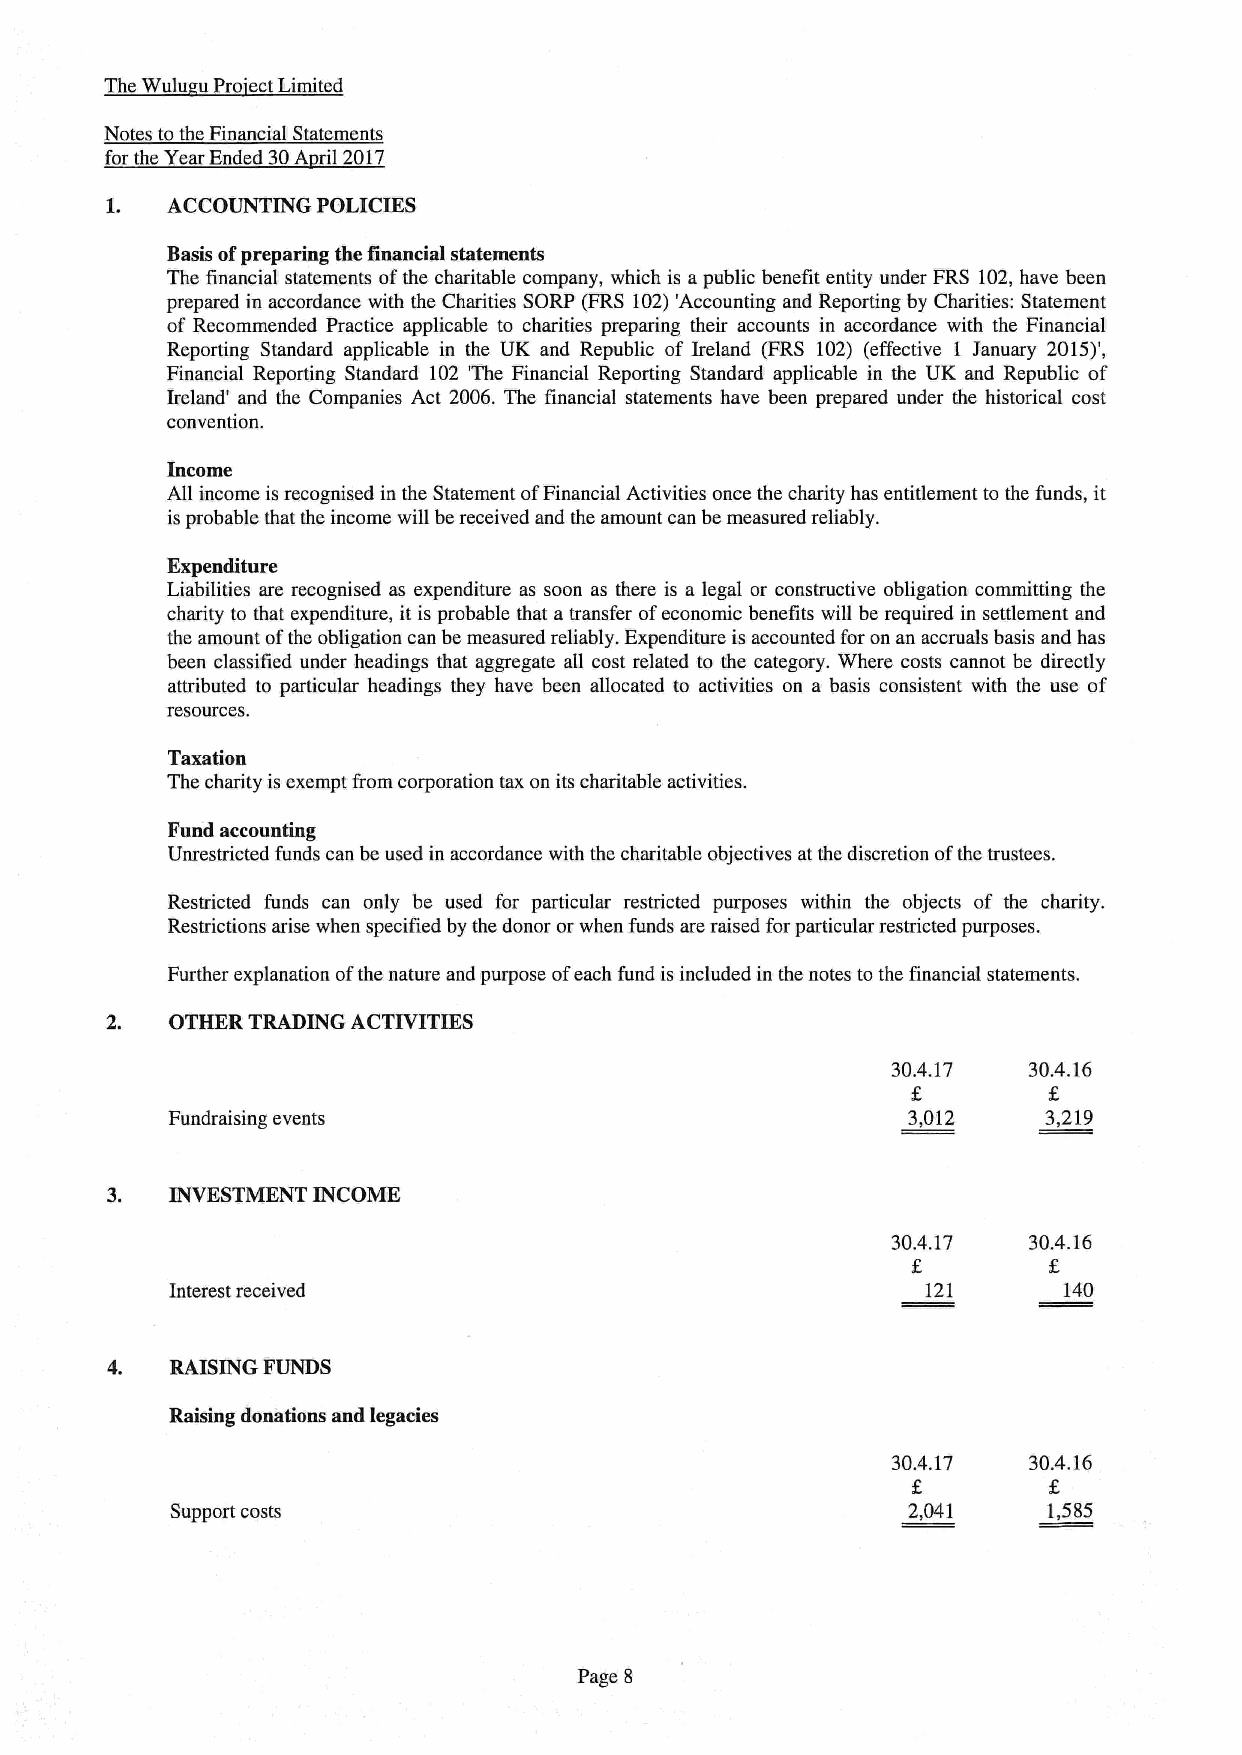
The Wulu uPro ectLimited
 Notes tothe Financial Statements
 for the Year Ended 30A ril 2017
 L   ACCOUNTING POLICIES
 Basis ofpreparing the financial statements
 The financial statements ofthe charitable company, which is apublic bene6t entity under FRS 102,have been
 prepared in accordance with the Charities SORP (FRS 102)'Accounting and Reporting by Charities: Statement
 of Recommended Practice applicable to charities preparing their accounts in accordance with the Financial
 Reporting Standard applicable in the UK and Republic of Ireland (FRS 102) (effective 1 January 2015)',
 Financial Reporting Standard 102 'The Financial Reporting Standard applicable in the UK and Republic of
 Ireland' and the Companies Act 2006. The financial statements have been prepared under the historical cost
 convention.
 Income
 All income is recognised in the Statement ofFinancial Activities once the charity has entitlement to the funds, it
 is probable that the income will bereceived and the amount can be measured reliably.
 Expenditure
 Liabilities are recognised as expenditure as soon as there is a legal or constructive obligation committing the
 charity to that expenditure, it is probable that a transfer ofeconomic benefits will be required in settlement and
 the amount ofthe obligation can be measured reliably. Expenditure is accounted for on an accruals basis and has
 been classified under headings that aggregate all cost related to the category. Where costs cannot be directly
 attributed to particular headings they have been allocated to activities on a basis consistent with the use of
 resources.
 Taxation
 The charity is exempt from corporation tax on its charitable activities.
 Fund accounting
 Unrestricted funds can be used in accordance with the charitable objectives at the discretion ofthe trustees.
 Restricted funds can only be used for particular restricted purposes within the objects of the charity.
 Restrictions arise when specified by the donor or when funds are raised for particular restricted purposes.
 Further explanation ofthe nature and purpose ofeach fund is included in the notes tothe financial statements.
 2.  OTHER TRADING ACTIVITIES
 30.4.17  30.4.16
 Fundraising events                               3,012    3,219
 3.  INVESTMENT INCOME
 30.4.17  30.4.16
 Interest received                                 121      140
 4.  RAISING FUNDS
 Raising donations and legacies
 30.4.17  30.4.16
 Support costs                                    2,041    1,585
 Page 8